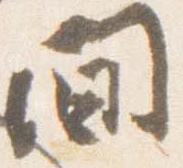
間